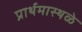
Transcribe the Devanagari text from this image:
प्रार्थमास्थळे